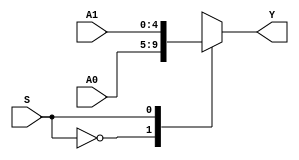
`timescale 1ns / 1ps

// Select 1 in 2. (5-bits)
module MUX2X5 (A0, A1, S, Y);

    input [4:0] A0, A1;
    input S;
    output [4:0] Y;

    function [4:0] select;

        input [4:0] A0, A1;
        input S;

        case(S)
            1'b0: select = A0;
            1'b1: select = A1;
        endcase

    endfunction

    assign Y = select(A0, A1, S);

endmodule